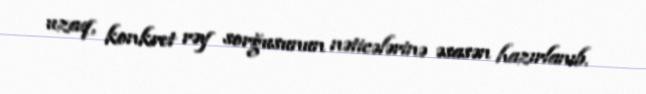
uzaq, konkret rəy sorğusunun nəticələrinə əsasən hazırlanıb.